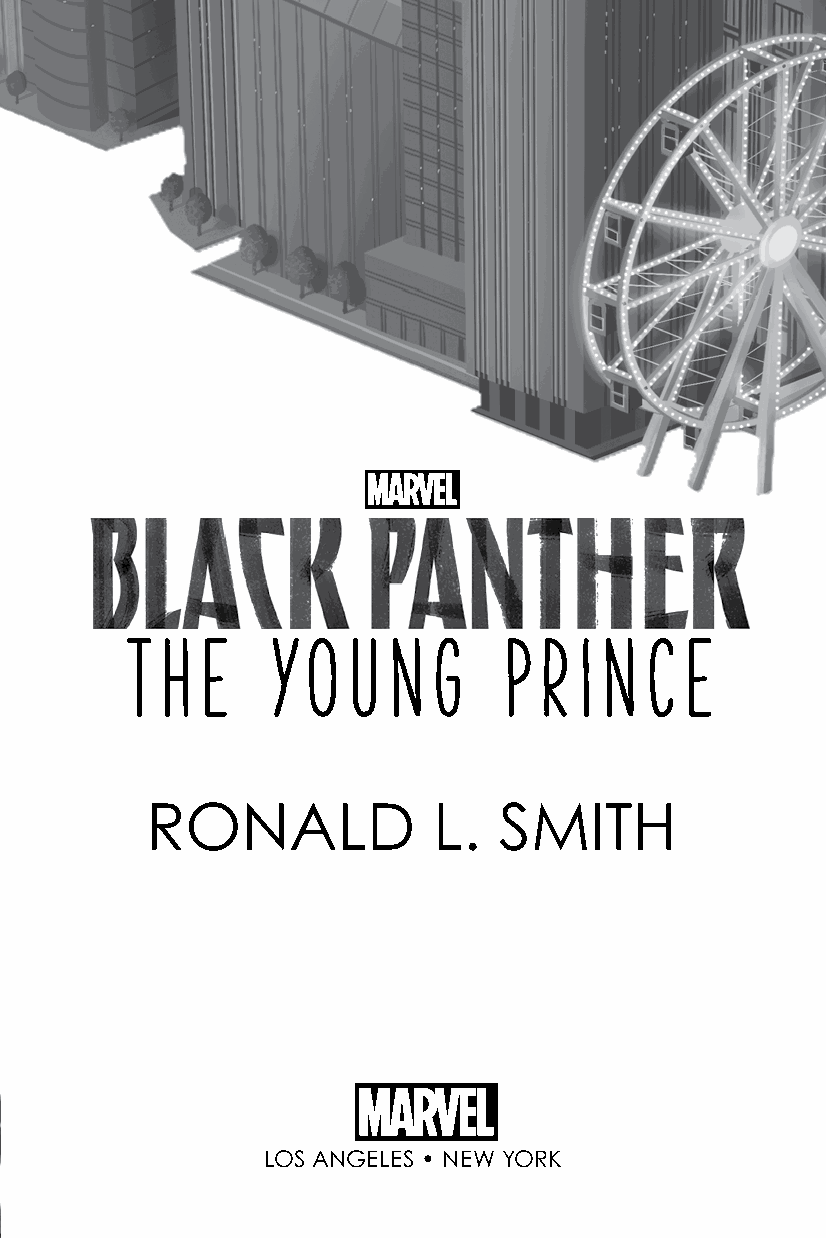
T  h e    Y o  u  n  g   P  r i n  c e
 RONALD             L.  SMITH
 LOS ANGELES • NEW YORK